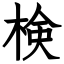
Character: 検